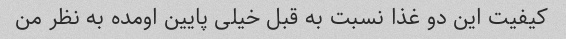
کیفیت این دو غذا نسبت به قبل خیلی پایین اومده به نظر من